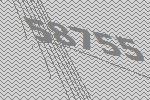
58755